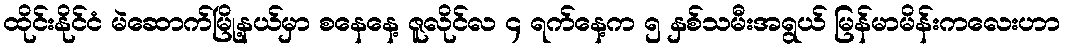
ထိုင်းနိုင်ငံ မဲဆောက်မြို့နယ်မှာ စနေနေ့ ဇူလိုင်လ ၄ ရက်နေ့က ၅ နှစ်သမီးအရွယ် မြန်မာမိန်းကလေးဟာ